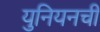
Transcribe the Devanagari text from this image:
युनियनची